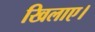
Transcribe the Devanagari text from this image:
खिलाए।